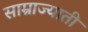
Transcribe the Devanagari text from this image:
साम्राज्याती